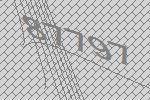
87797